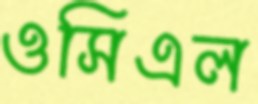
ওসিএল